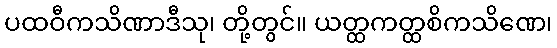
ပထဝီကသိဏာဒီသု၊ တို့တွင်။ ယတ္ထကတ္ထစိကသိဏေ၊